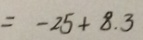
= - 2 5 + 8 . 3